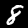
Label: 8